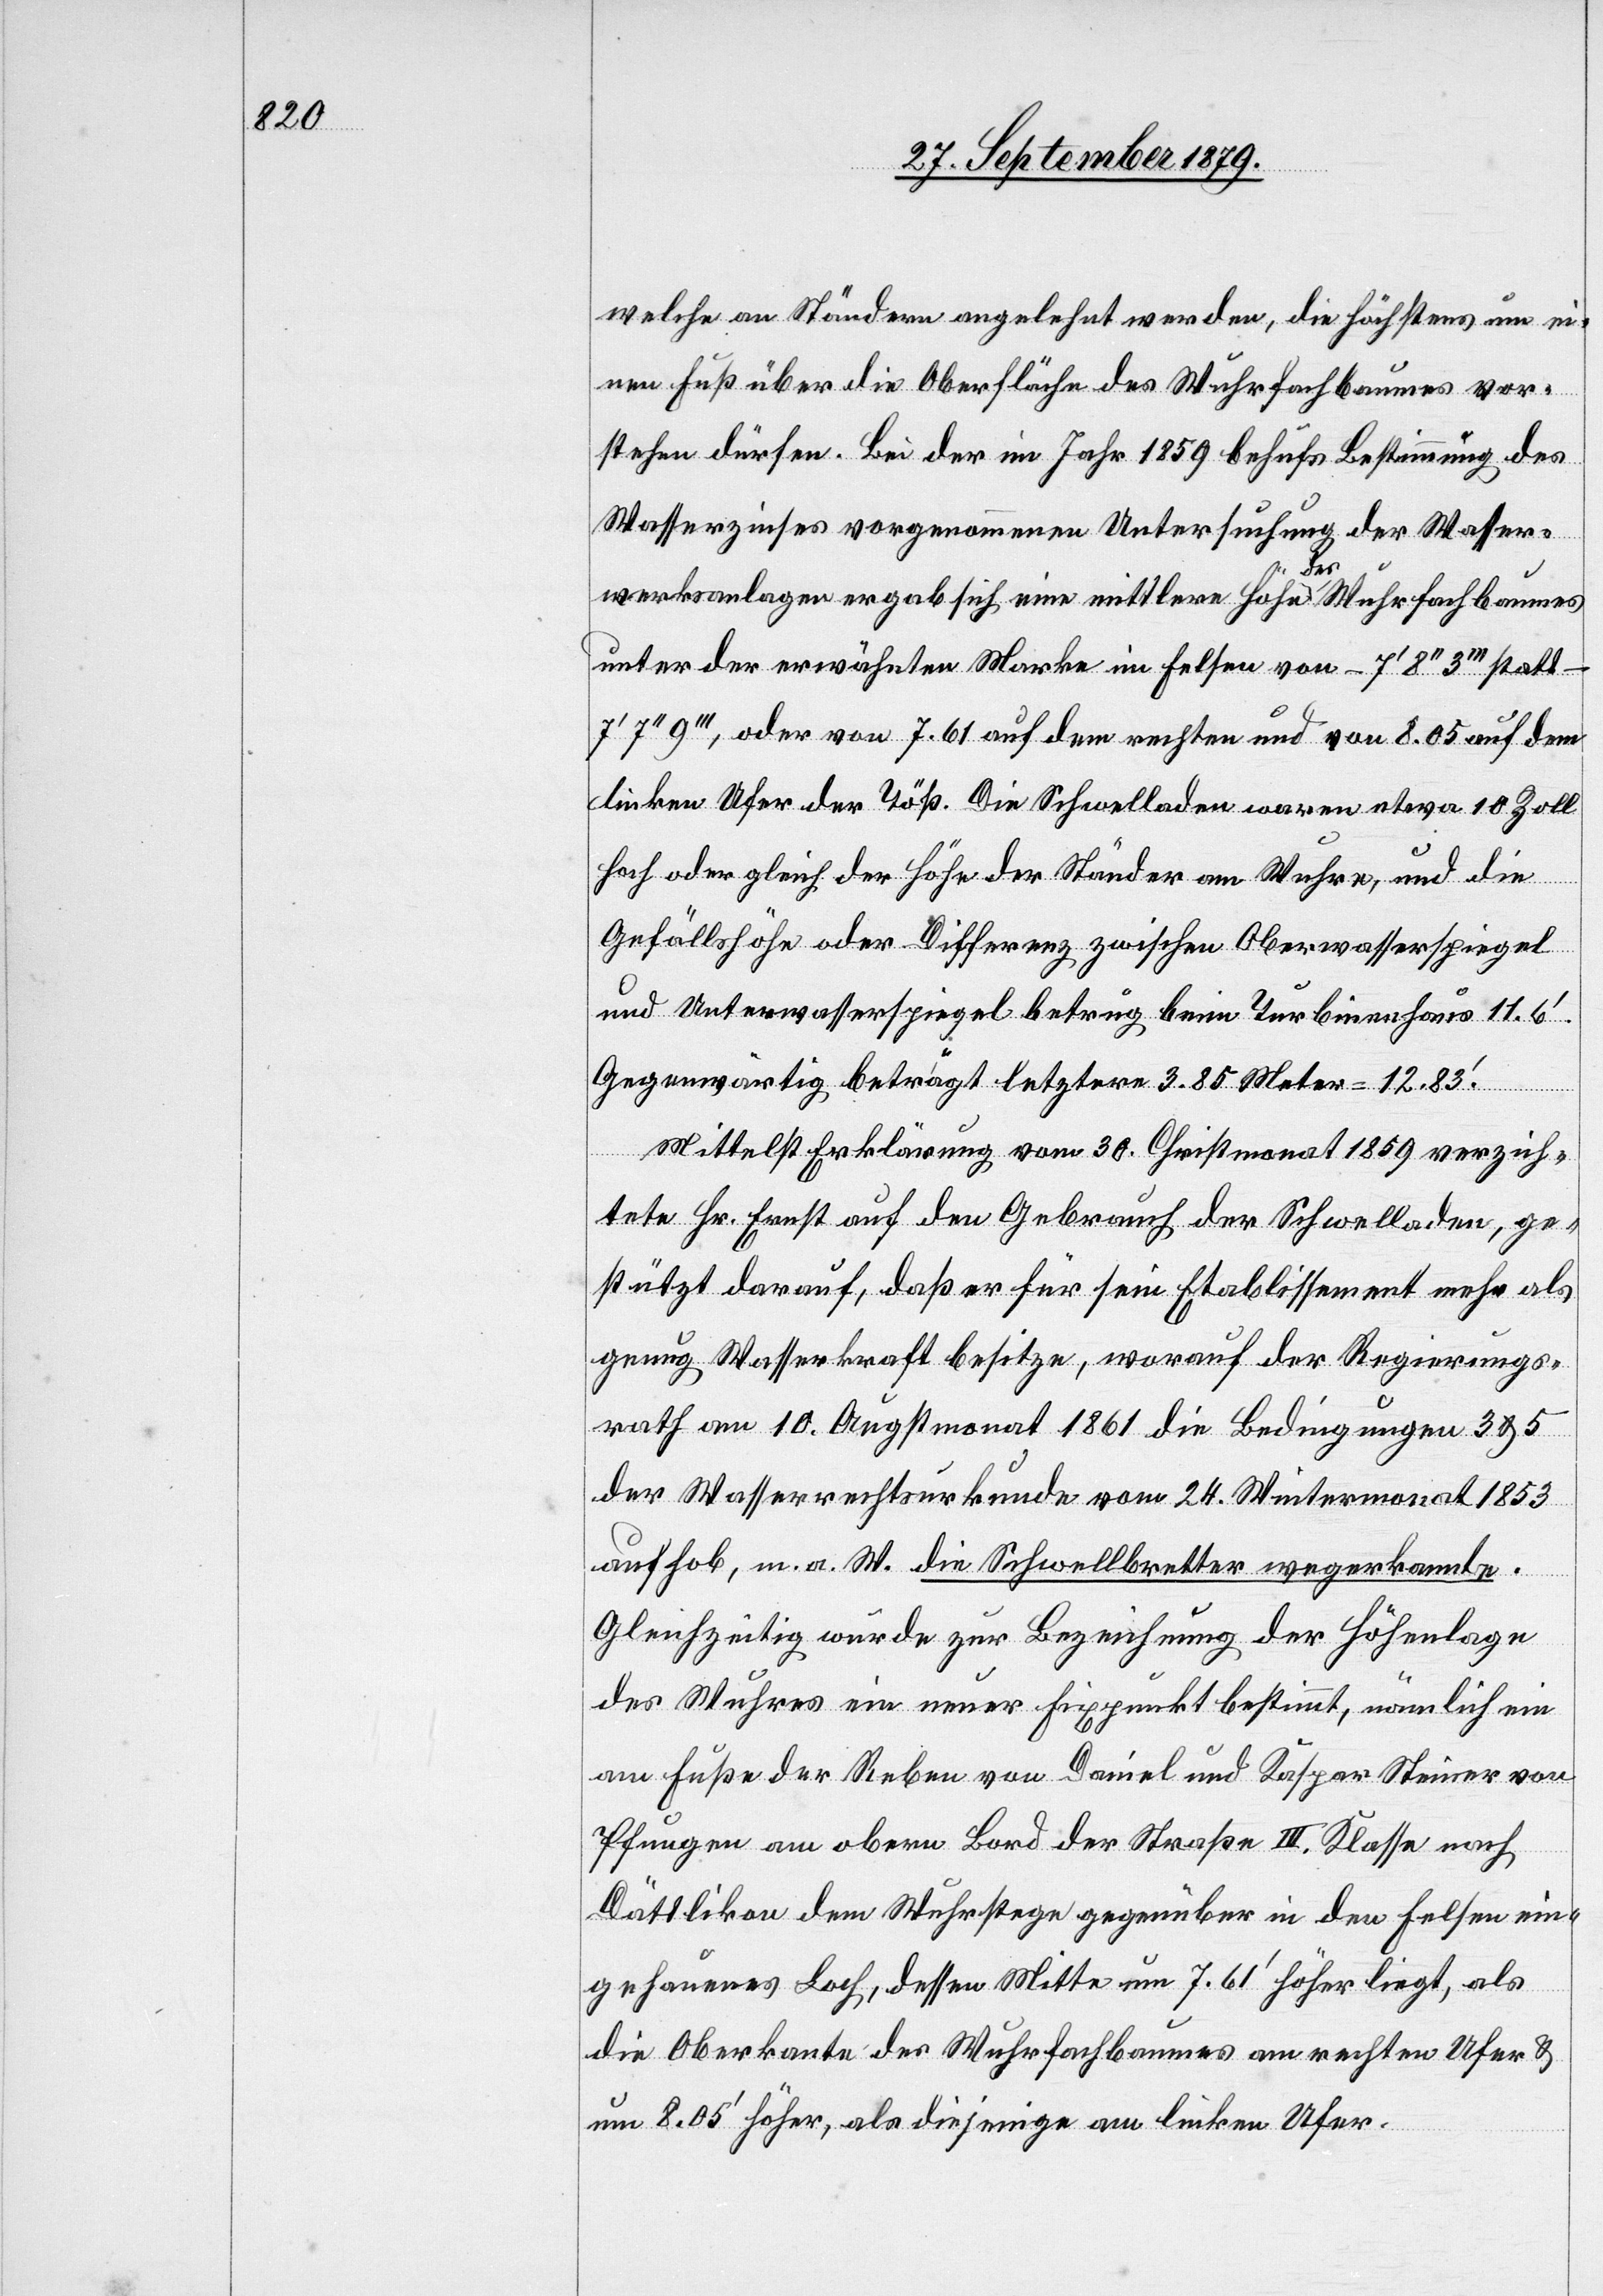
welche an Ständern angelehnt werden, die höchstens um ei¬
nen Fuß über die Oberfläche des Wuhrfachbaumes vor¬
stehen dürfen. Bei der im Jahr 1859 behufs Bestimmung des
Wasserzinses vorgenommenen Untersuchung der Wasser¬
werksanlagen ergab sich eine mittlere Höhe des Wuhrfachbaumes
unter der erwähnten Marke im Felsen von – 7’8’’3’’’ statt –
7’7’’9’’’, oder von 7.61 auf dem rechten und von 8.05 auf dem
linken Ufer der Töß. Die Schwelladen waren etwa 10 Zoll
hoch oder gleich der Höhe der Ständer am Wuhre, und die
Gefällshöhe oder Differenz zwischen Oberwasserspiegel
und Unterwasserspiegel betrug beim Turbinenhaus 11.6’.
Gegenwärtig beträgt letztere 3.85 Meter = 12.83’.
Mittelst Erklärung vom 30. Christmonat 1859 verzich¬
tete Hr. Ernst auf den Gebrauch der Schwelladen, ge¬
stützt darauf, daß er für sein Etablissement mehr als
genug Wasserkraft besitze, worauf der Regierungs¬
rath am 10. Augstmonat 1861 die Bedingungen 3 & 5
der Wasserrechtsurkunde vom 24. Wintermonat 1853
aufhob, m. a. W. die Schwellbretter wegerkannte.
Gleichzeitig wurde zur Bezeichnung der Höhenlage
des Wuhres ein neuer Fixpunkt bestimmt, nämlich ein
am Fuße der Reben von Daniel und Kaspar Steiner von
Pfungen am obern Bord der Straße III. Klasse nach
Dättlikon dem Wuhrstege gegenüber in den Felsen ein¬
gehauenes Loch, dessen Mitte um 7.61’ höher liegt, als
die Oberkante des Wuhrfachbaumes am rechten Ufer &
um 8.05’ höher, als diejenige am linken Ufer.